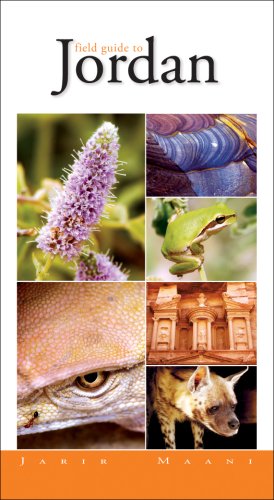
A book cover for Field Guide to Jordan; Jarir Maani; Travel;